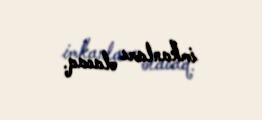
imkanları olacaq.